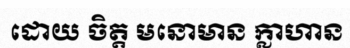
ដោយ ចិត្ត មនោមាន ក្លាហាន